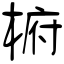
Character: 椨